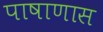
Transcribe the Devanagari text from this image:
पाषाणास